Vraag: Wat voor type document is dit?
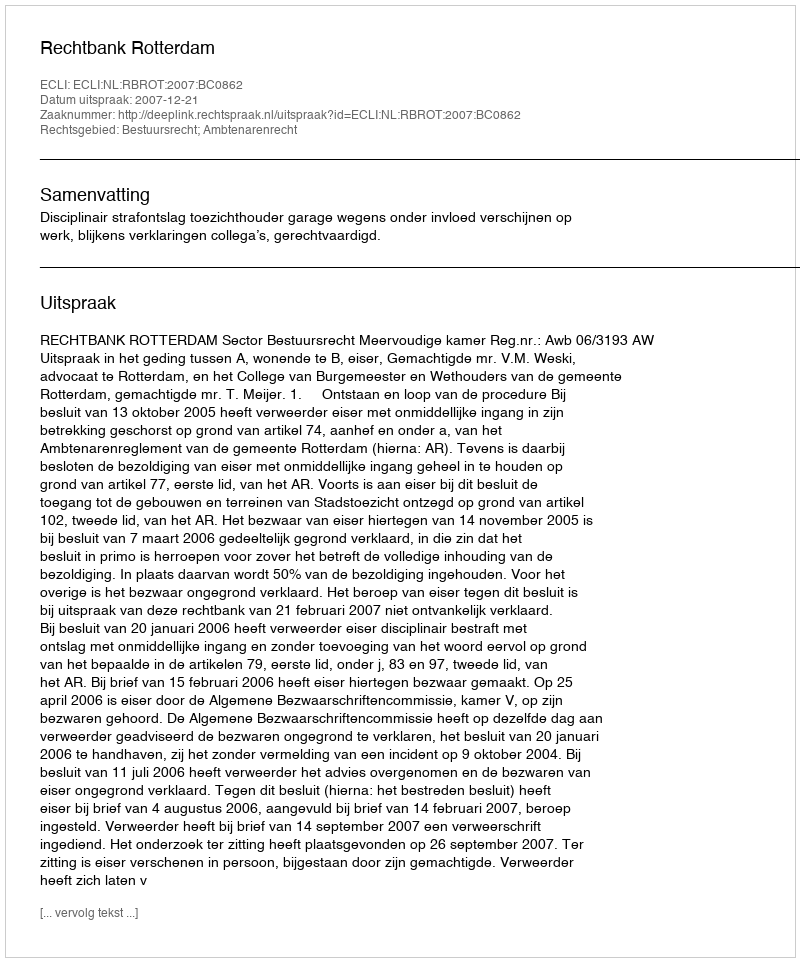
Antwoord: Uitspraak